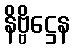
နိဗ္ဗိဋ္ဌေန